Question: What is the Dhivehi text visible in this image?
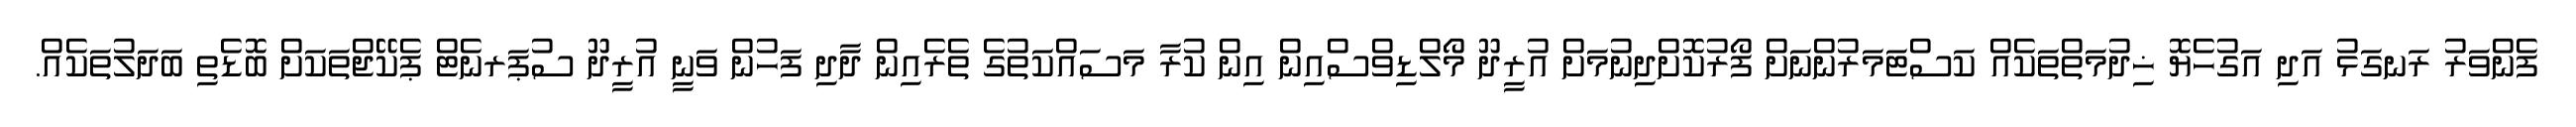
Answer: ފެންވަރު ރަނގަޅު އަދި އަގުހެޔޮ ޚިދުމަތްތަކެއް ކަސްޓަމަރުންނަށް ފޯރުކޮށްދިނުމަށް އުރީދޫ މޯލްޑިވްސްއިން އިން ކުރާ މަސައްކަތުގެ ތެރެއިން ދާދި ފަހުން ވަނީ އުރީދޫ ސުޕަރނެޓް ޕެކޭޖްތަކަށް ބޮޑެތި ބަދަލުތަކެއް.